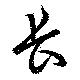
長